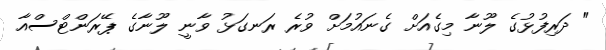
" ދަރިފުޅުގެ ލޫނާ މިގެއަށް ގެނައުމަށް ވުރެ ރަނގަޅު ވާނީ ލޫނާގެ ޕޭރަންޓްސްއާ